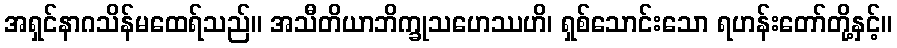
အရှင်နာဂသိန်မထေရ်သည်။ အသီတိယာဘိက္ခုသဟေဿဟိ၊ ရှစ်သောင်းသော ရဟန်းတော်တို့နှင့်။